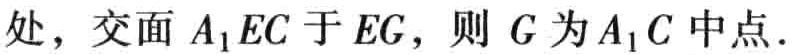
处，交面 \(A_{1}EC\) 于 \(EG\)，则 \(G\) 为 \(A_{1}C\) 中点.